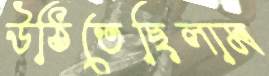
উঠিতেছিলাম